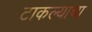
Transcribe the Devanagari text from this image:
टाकल्याचा